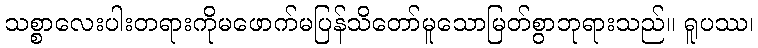
သစ္စာလေးပါးတရားကိုမဖောက်မပြန်သိတော်မူသောမြတ်စွာဘုရားသည်။ ရူပဿ၊